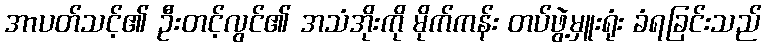
အာပတ်သင့်၏ ဦးတင့်လွင်၏ အသံအိုးကို မိုက်ကန်း တပ်ဖွဲ့မှူးရုံး ခံရခြင်းသည်